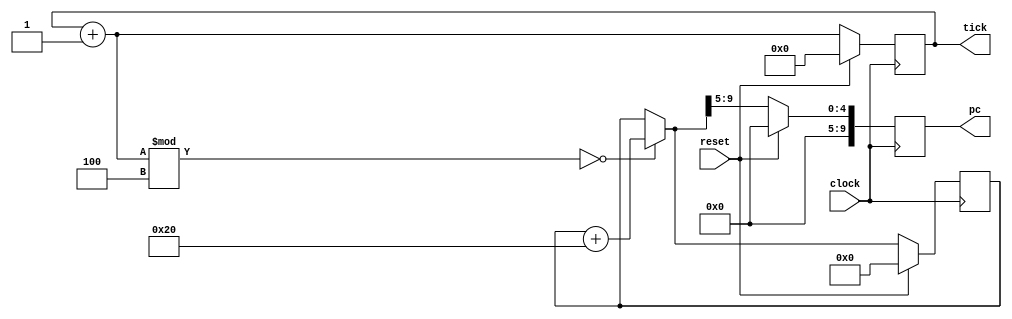
`define IR_CYCLE 'd4     // 4 clock per ir cycle
`define TICK_SIZE 'd128  // 128 bits
`define MEM_SIZE 'd10    // 10 bits
`define IR_SIZE 'd32     // 32 bits
`define IR_SIZE_BYTE 'd4 // 32 bits = 4 bytes

module pc_tick(input clock, reset, output reg [`MEM_SIZE-1:0] pc, output reg [`TICK_SIZE-1:0] tick);

  reg [9:0] internal_pc;

  always @(negedge clock) begin
    if (reset) begin
      internal_pc = 0;
      pc = 0;
      tick = 0;
    end
    else begin
      tick = tick + 1;
      if ((tick % `IR_CYCLE) == 0) begin
        internal_pc = internal_pc + `IR_SIZE; 
      end
      else begin
        internal_pc = internal_pc;
      end
      pc = internal_pc >> 5; // internal_pc / 32 
    end
  end

endmodule